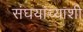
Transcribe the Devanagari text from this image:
संघयांच्याशी